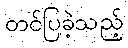
တင်ပြခဲ့သည့်